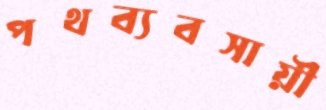
পথব্যবসায়ী